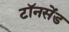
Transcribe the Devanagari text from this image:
टॉनसेंड